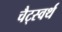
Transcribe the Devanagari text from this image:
चैट्स्वर्थ